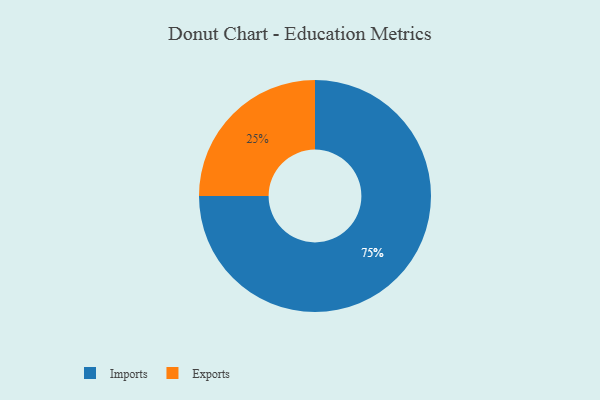
{"axis": {"x": "Category", "y": "Percentage"}, "legend": ["Exports", "Imports"], "data": [{"x": "Imports", "y": 75, "type": "Imports"}, {"x": "Exports", "y": 25, "type": "Exports"}]}